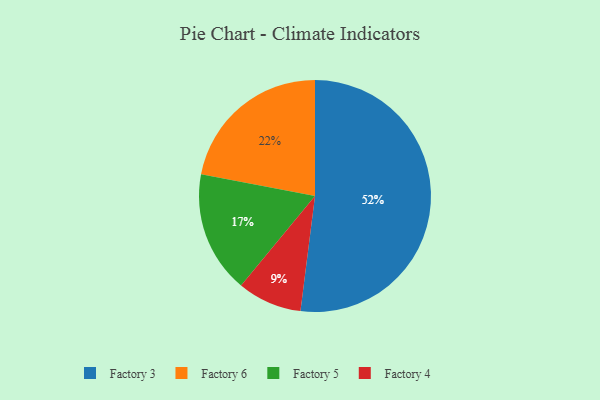
{"axis": {"x": "Category", "y": "Percentage"}, "legend": ["Factory 3", "Factory 4", "Factory 5", "Factory 6"], "data": [{"x": "Factory 6", "y": 22, "type": "Factory 6"}, {"x": "Factory 5", "y": 17, "type": "Factory 5"}, {"x": "Factory 3", "y": 52, "type": "Factory 3"}, {"x": "Factory 4", "y": 9, "type": "Factory 4"}]}